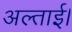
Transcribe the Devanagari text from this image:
अल्ताई।